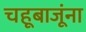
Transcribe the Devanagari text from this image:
चहूबाजूंना